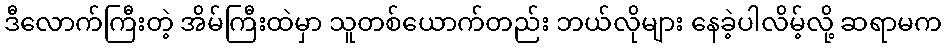
ဒီလောက်ကြီးတဲ့ အိမ်ကြီးထဲမှာ သူတစ်ယောက်တည်း ဘယ်လိုများ နေခဲ့ပါလိမ့်လို့ ဆရာမက